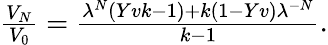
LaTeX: \begin{array}{r}{\frac{V_{N}}{V_{0}}=\frac{\lambda^{N}\left(Yvk-1\right)+k\left(1-Yv\right)\lambda^{-N}}{k-1}.}\end{array}